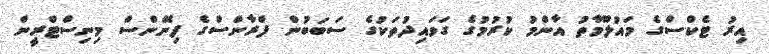
އިރު ޓެކްސްގެ މައުލޫމާތު އާންމު ކުރުމުގެ ގަވައިދުތަކުގެ ސަބަބުން ފްރާންސްގެ ފިނޭންސް މިނިސްޓްރީން